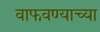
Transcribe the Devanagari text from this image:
वाफवण्याच्या